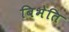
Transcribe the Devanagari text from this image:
बिभेति